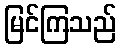
မြင်ကြသည်